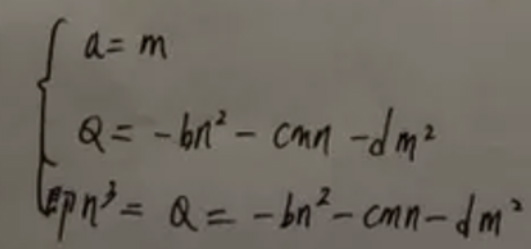
\[
\begin{cases}
a = m \\
Q = -bn^{2}-cmn - dm^{2}\\
pn^{3}=Q=-bn^{2}-cmn - dm^{2}
\end{cases}
\]